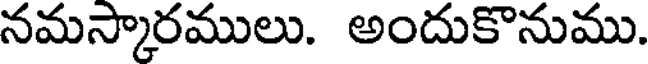
నమస్కారములు. అందుకొనుము.